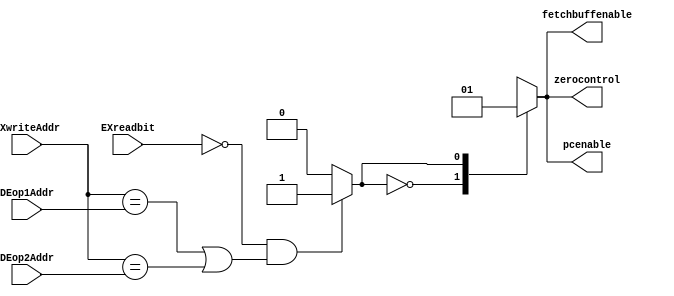
module hazdet(input [3:0] EXwriteAddr, DEop1Addr, DEop2Addr,
			  input EXreadbit, 
			  output reg fetchbuffenable, zerocontrol, pcenable);

reg test;			  
always @*
begin
if (!EXreadbit & ((EXwriteAddr == DEop1Addr) |
	     (EXwriteAddr == DEop2Addr))) test = 1'b1;
else test = 1'b0;
end

always@*
begin		 
case (test)
	1'b0:
	begin
		fetchbuffenable = 1'b0; 	//enable (active low) 
		zerocontrol  = 1'b0; 		//enable (active low)
		pcenable  = 1'b0; 			//enable (active low)
	end
	1'b1:
	begin
		fetchbuffenable = 1'b1; 	//disable (active low) 
		zerocontrol  = 1'b1; 		//disable (active low)
		pcenable  = 1'b1; 			//disable (active low)	
	end
	1'bx:
	begin
		fetchbuffenable = 1'b0; 	//enable (active low) 
		zerocontrol  = 1'b0; 		//enable (active low)
		pcenable  = 1'b0; 			//enable (active low)
	end	
endcase
end
	
endmodule

/*
module hazdet(input [3:0] EXwriteAddr, DEop1Addr, DEop2Addr,
			  input EXreadbit, 
			  output reg fetchbuffenable, zerocontrol, pcenable);
				  
always @*
begin
	if (!EXreadbit & ((EXwriteAddr == DEop1Addr) |
	     (EXwriteAddr == DEop2Addr)))
	begin
		fetchbuffenable = 1'b1; 	//disable (active low) 
		zerocontrol  = 1'b1; 		//disable (active low)
		pcenable  = 1'b1; 			//disable (active low)
	end
	else
	begin
		fetchbuffenable = 1'b0; 	//enable (active low) 
		zerocontrol  = 1'b0; 		//enable (active low)
		pcenable  = 1'b0; 			//enable (active low)
	end
end
	
endmodule
*/